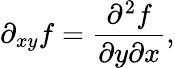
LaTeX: \partial_{xy}f={\frac{\partial^{2}f}{\partial y\partial x}},